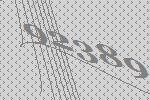
92389